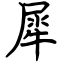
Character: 犀